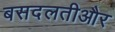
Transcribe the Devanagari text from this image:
बसदलतीऔर